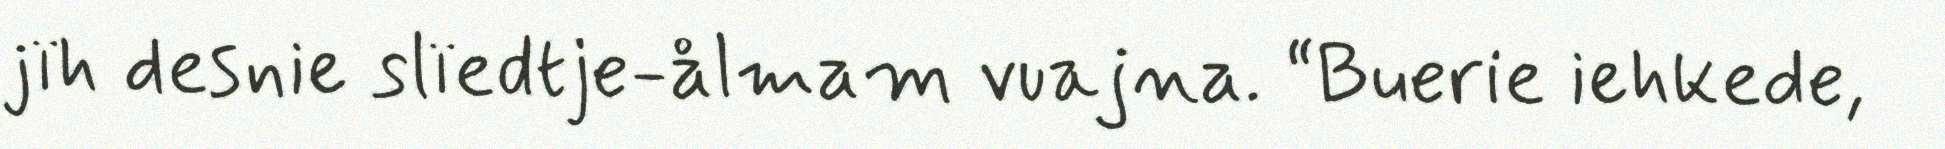
jïh desnie slïedtje-ålmam vuajna. “Buerie iehkede,